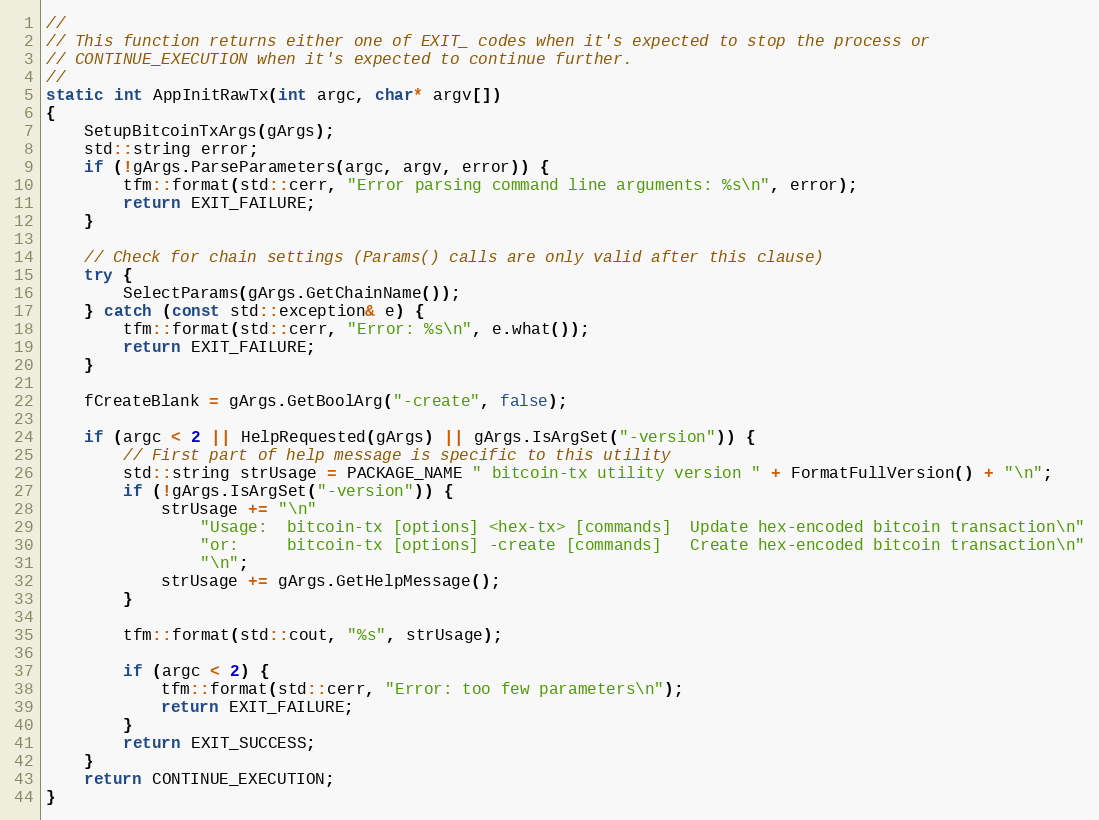
Language: C++
//
// This function returns either one of EXIT_ codes when it's expected to stop the process or
// CONTINUE_EXECUTION when it's expected to continue further.
//
static int AppInitRawTx(int argc, char* argv[])
{
    SetupBitcoinTxArgs(gArgs);
    std::string error;
    if (!gArgs.ParseParameters(argc, argv, error)) {
        tfm::format(std::cerr, "Error parsing command line arguments: %s\n", error);
        return EXIT_FAILURE;
    }

    // Check for chain settings (Params() calls are only valid after this clause)
    try {
        SelectParams(gArgs.GetChainName());
    } catch (const std::exception& e) {
        tfm::format(std::cerr, "Error: %s\n", e.what());
        return EXIT_FAILURE;
    }

    fCreateBlank = gArgs.GetBoolArg("-create", false);

    if (argc < 2 || HelpRequested(gArgs) || gArgs.IsArgSet("-version")) {
        // First part of help message is specific to this utility
        std::string strUsage = PACKAGE_NAME " bitcoin-tx utility version " + FormatFullVersion() + "\n";
        if (!gArgs.IsArgSet("-version")) {
            strUsage += "\n"
                "Usage:  bitcoin-tx [options] <hex-tx> [commands]  Update hex-encoded bitcoin transaction\n"
                "or:     bitcoin-tx [options] -create [commands]   Create hex-encoded bitcoin transaction\n"
                "\n";
            strUsage += gArgs.GetHelpMessage();
        }

        tfm::format(std::cout, "%s", strUsage);

        if (argc < 2) {
            tfm::format(std::cerr, "Error: too few parameters\n");
            return EXIT_FAILURE;
        }
        return EXIT_SUCCESS;
    }
    return CONTINUE_EXECUTION;
}